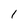
Character: 1